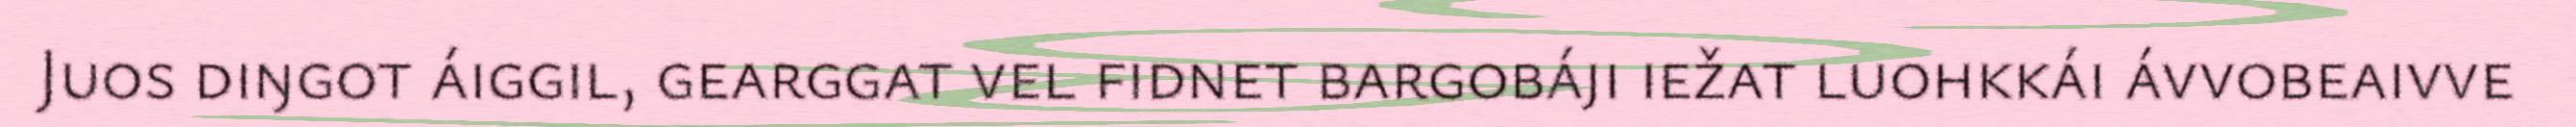
Juos diŋgot áiggil, gearggat vel fidnet bargobáji iežat luohkkái ávvobeaivve